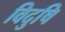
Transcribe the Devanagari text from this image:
विदुषि